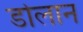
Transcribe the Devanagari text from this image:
डोलान